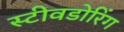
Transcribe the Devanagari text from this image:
स्टीवडोरिंग